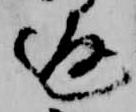
返